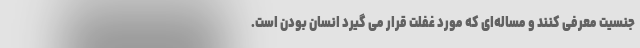
جنسیت معرفی کنند و مساله‌ای که مورد غفلت قرار می گیرد انسان بودن است.